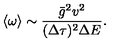
\langle \omega \rangle \sim \frac { \bar { g } ^ { 2 } v ^ { 2 } } { ( \Delta \tau ) ^ { 2 } \Delta E } .